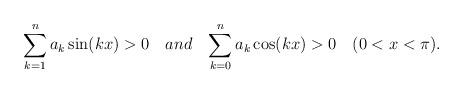
LaTeX: \begin{align*}\sum_{k=1}^n a_k \sin(kx)>0\quad{and}\quad{\sum_{k=0}^n a_k \cos(kx)>0} \quad{(0<x<\pi)}.\end{align*}